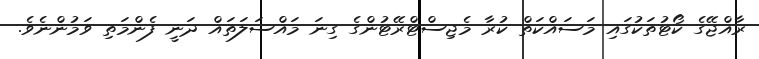
ރާއްޖޭގެ ކޯޓުތަކުގައި މަސައްކަތް ކުރާ މެޖިސްޓްރޭޓުންގެ ގިނަ މައްސަލަތައް ދަނީ ފެންމަތި ވަމުންނެވެ.